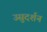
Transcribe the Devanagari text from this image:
उसुदर्शन